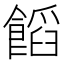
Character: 饀